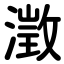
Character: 澂